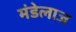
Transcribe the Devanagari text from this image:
मंडेलाज